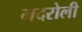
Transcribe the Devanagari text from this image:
मदरोली